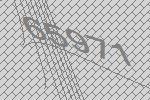
65971